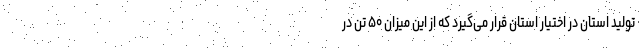
تولید استان در اختیار استان قرار می‌گیرد که از این میزان ۵۰ تُن در